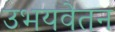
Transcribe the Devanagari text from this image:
उभयवेतन